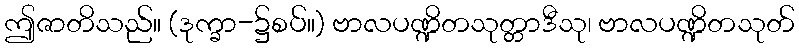
ဤဇာတိသည်။ (ဒုက္ခာ-၌စပ်။) ဗာလပဏ္ဍိတသုတ္တာဒီသု၊ ဗာလပဏ္ဍိတသုတ်